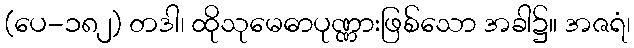
(ပေ-၁၈၂) တဒါ၊ ထိုသုမေဓာပုဏ္ဏားဖြစ်သော အခါ၌။ အဇရံ၊